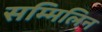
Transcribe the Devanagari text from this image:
सम्मिलिन